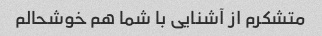
متشکرم از آشنایی با شما هم خوشحالم